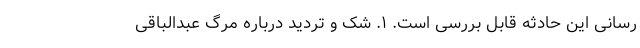
رسانی این حادثه قابل بررسی است. ۱. شک و تردید درباره مرگ عبدالباقی